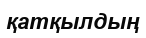
қатқылдың